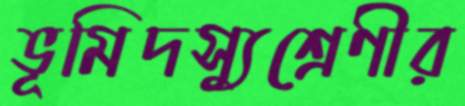
ভূমিদস্যুশ্রেণীর